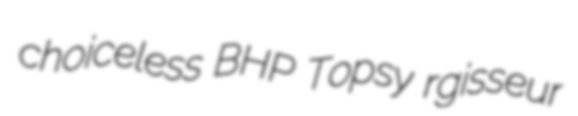
choiceless BHP Topsy rgisseur